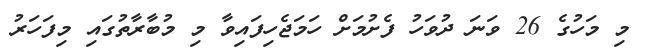
މި މަހުގެ 26 ވަނަ ދުވަހު ފެށުމަށް ހަމަޖެހިފައިވާ މި މުބާރާތުގައި މިފަހަރު